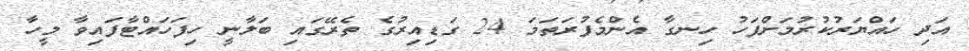
އަދި ހައްޔަރުކުރުމަށްފަހު ހިނގާ އެންމެފުރަތަމަ 24 ގަޑިއިރުގެ ތެރޭގައި ބަލާނީ ހިފަހައްޓާފައިވާ މީހާ